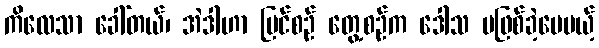
ကိလေသာ ခေါ်တယ်၊ အဲဒါဟာ မြင်စဉ် တွေ့စဉ်က ဒေါသ မဖြစ်ခဲ့ပေမယ့်